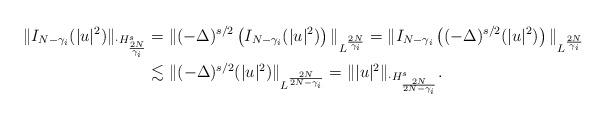
LaTeX: \begin{align*} \|I_{N-\gamma_i}(|u|^2)\|_{\cdot{H}^{s}_{\frac{2N}{\gamma_i}}} &= \|(-\Delta)^{s/2}\left(I_{N-\gamma_i}(|u|^2)\right)\|_{L^{\frac{2N}{\gamma_i}}}= \|I_{N-\gamma_i} \left((-\Delta)^{s/2}(|u|^2)\right)\|_{L^{\frac{2N}{\gamma_i}}}\\ & \lesssim \| (-\Delta)^{s/2} (|u|^2)\|_{L^{\frac{2N}{2N-\gamma_i}}}= \| |u|^2\|_{\cdot{H}_{\frac{2N}{2N-\gamma_i}}^s}.\end{align*}